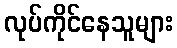
လုပ်ကိုင်နေသူများ